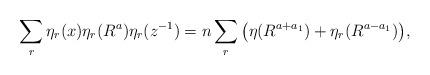
LaTeX: \begin{align*}\sum\limits_r \eta_r(x)\eta_r(R^a)\eta_r(z^{-1})= n\sum\limits_r \big{(} \eta(R^{a+a_1})+\eta_r(R^{a-a_1})\big{)},\end{align*}